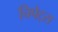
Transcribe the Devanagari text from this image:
चिपेट्स